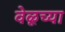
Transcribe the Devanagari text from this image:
वेळूच्या